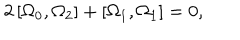
2 \left[ \Omega _ { 0 } , \Omega _ { 2 } \right] + \left[ \Omega _ { 1 } , \Omega _ { 1 } \right] = 0 ,